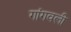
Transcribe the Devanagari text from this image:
गांगवली